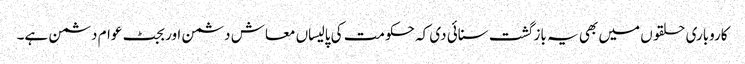
کاروباری حلقو ں میں بھی یہ باز گشت سنائی دی کہ حکومت کی پالیساں معاش دشمن اور بجٹ عوام دشمن ہے۔